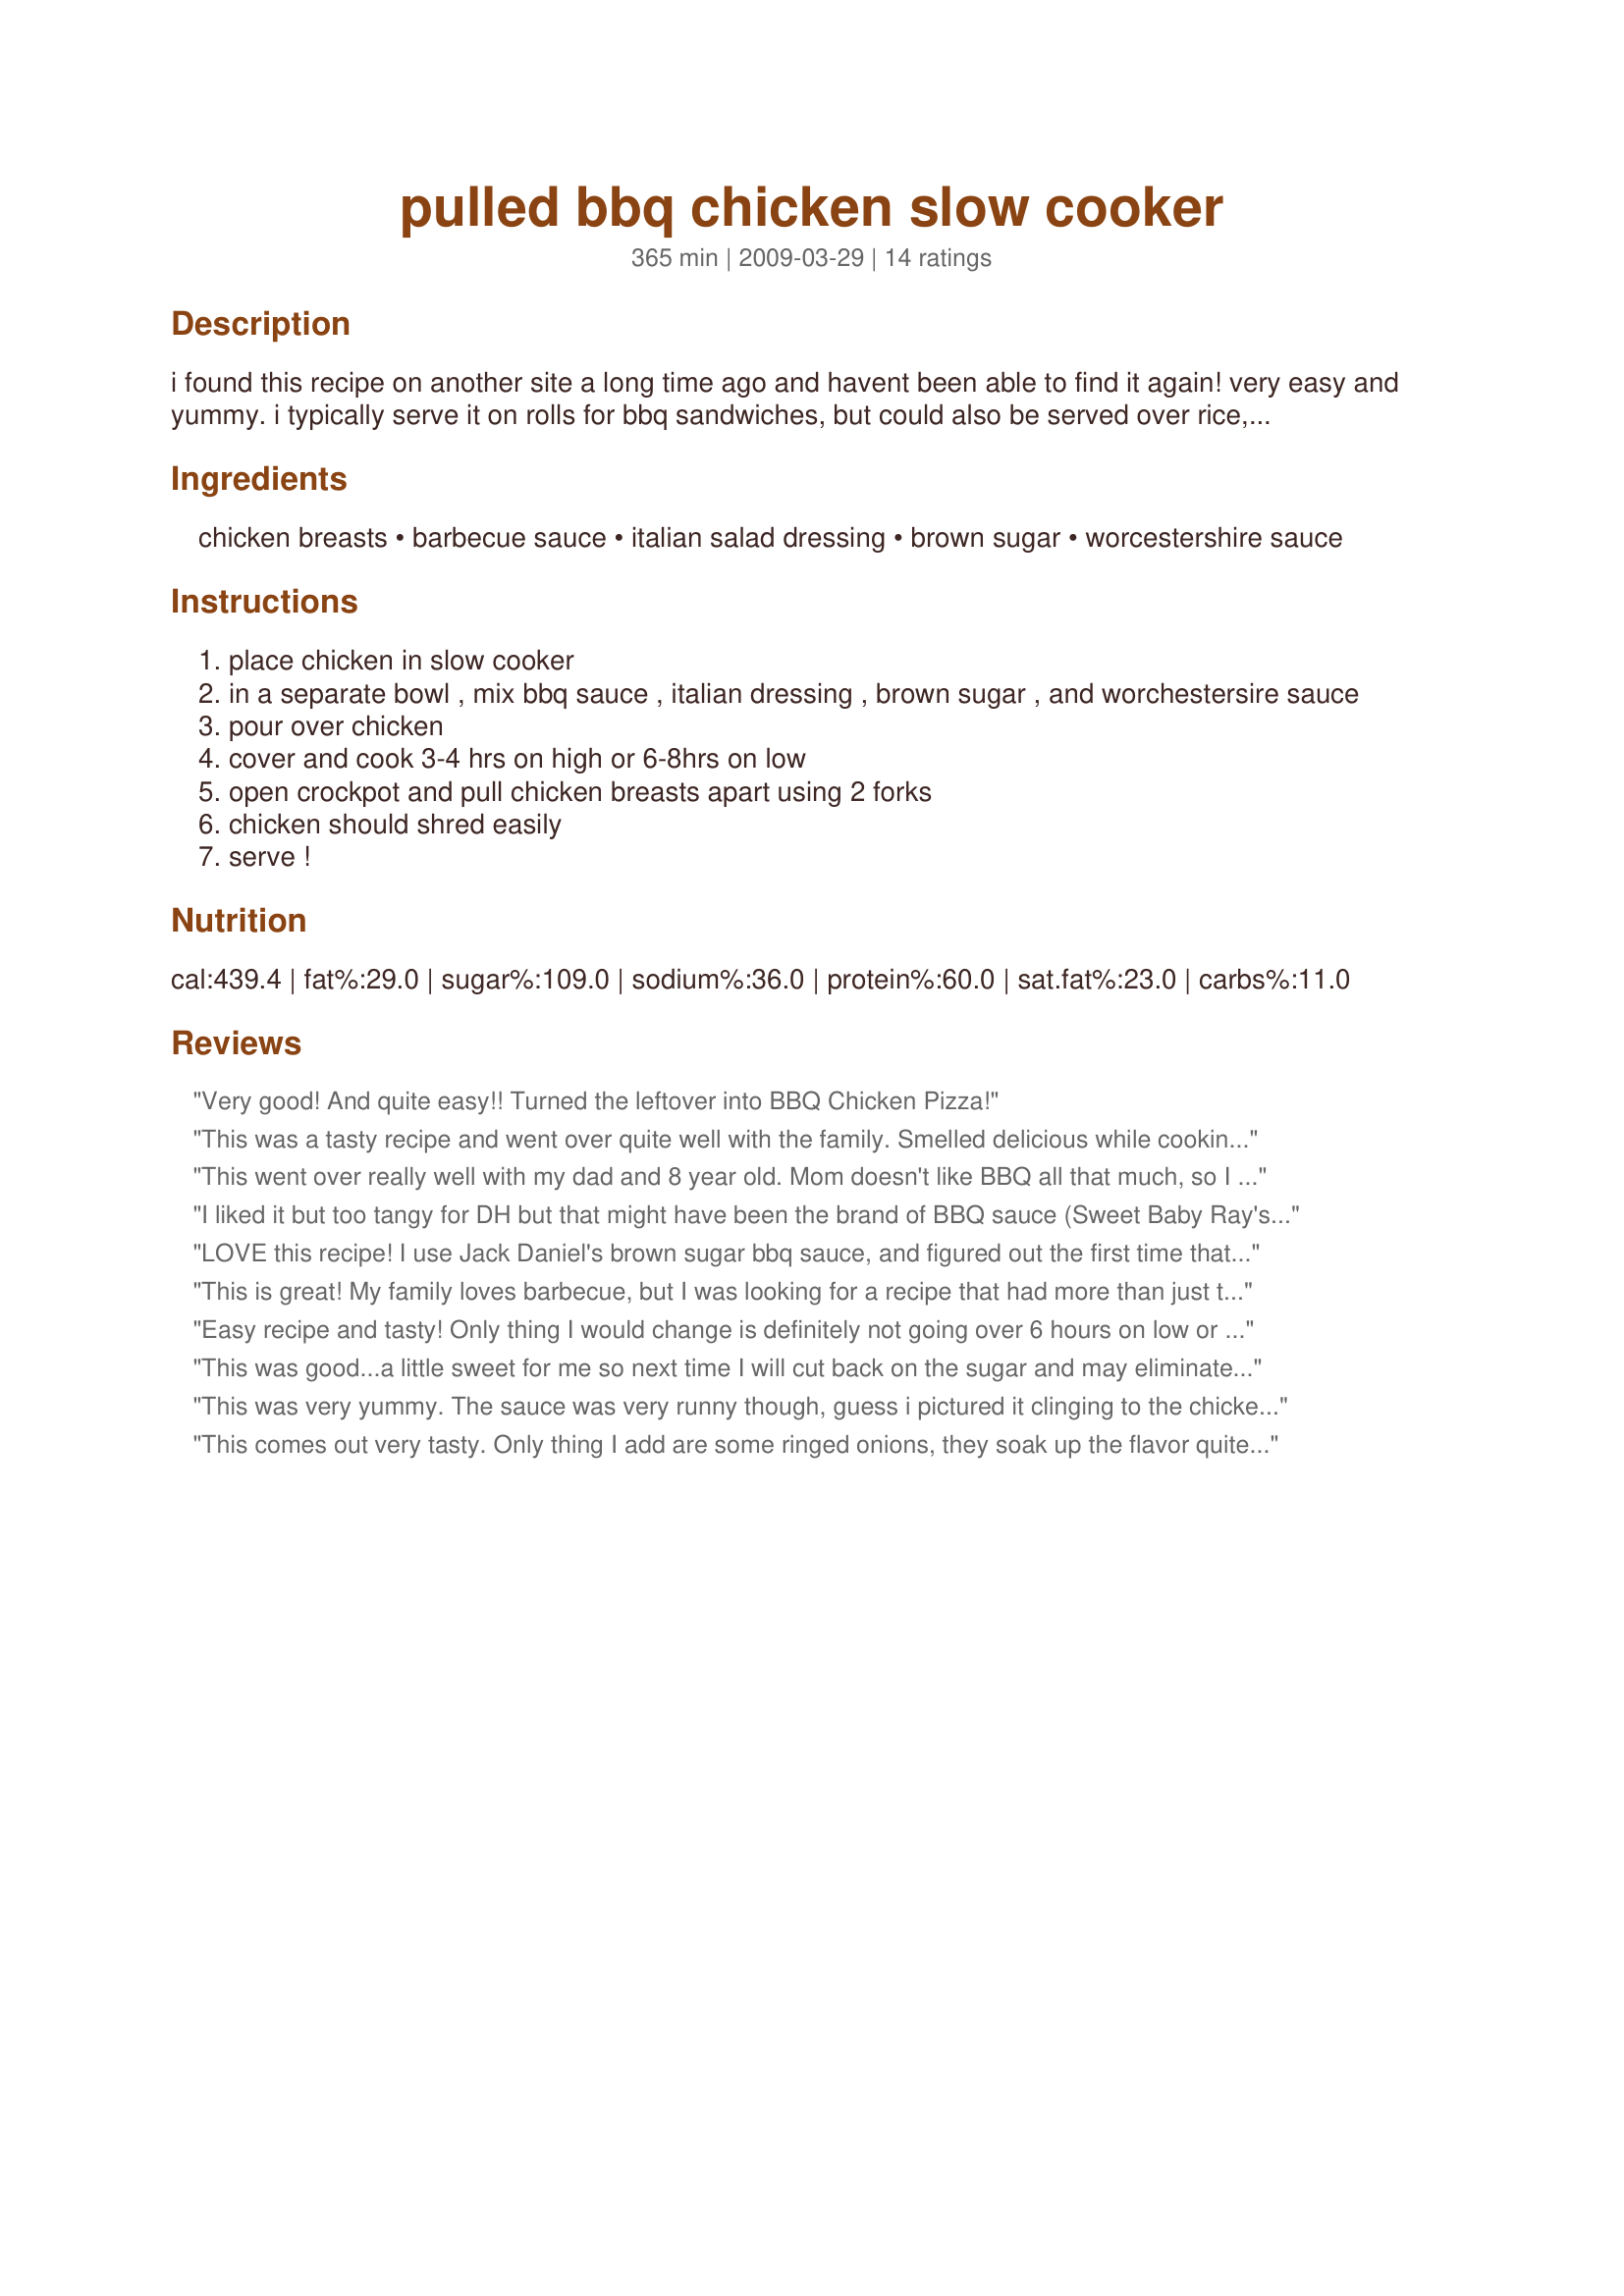
pulled bbq chicken slow cooker
Preparation time: 365 minutes

i found this recipe on another site a long time ago and havent been able to find it again! very easy and yummy. i typically serve it on rolls for bbq sandwiches, but could also be served over rice, mashed potatoes, etc.

Ingredients:
chicken breasts, barbecue sauce, italian salad dressing, brown sugar, worcestershire sauce

Steps:
place chicken in slow cooker
in a separate bowl , mix bbq sauce , italian dressing , brown sugar , and worchestersire sauce
pour over chicken
cover and cook 3-4 hrs on high or 6-8hrs on low
open crockpot and pull chicken breasts apart using 2 forks
chicken should shred easily
serve !

Reviews:
Very good! And quite easy!! Turned the leftover into BBQ Chicken Pizza!
This was a tasty recipe and went over quite well with the family. Smelled delicious while cooking and was certainly an easy to make! Will be a must have when we are short on time.
This went over really well with my dad and 8 year old. Mom doesn't like BBQ all that much, so I wasn't anticipating good reviews there! HA! Love the fact that it uses frozen chicken and I actually tossed in some legs and wings that I had frozen last month as well as the boneless skinless. Made for a nice dinner served on hamburger buns with homemade coleslaw and oven fried potato wedges. Will definitely make again! 

Oh, and I too will cut back the brown sugar a bit, but that's probably more to do with the BBQ sauce that I used.

Thanks so much! Keep 'em coming!
I liked it but too tangy for DH but that might have been the brand of BBQ sauce (Sweet Baby Ray's). Also I didn't have Italian so used Sweet Vidalia Onion. Had to chop the chicken, not shred because it was tough (old hens) so the texture was not quite right.
LOVE this recipe! I use Jack Daniel's brown sugar bbq sauce, and figured out the first time that it's a good idea to reduce the amount of brown sugar that I put in. In any case, it's a tasty, easy meal that doesn't take a lot of time to make.
This is great! My family loves barbecue, but I was looking for a recipe that had more than just the barbecue sauce flavor. This one is a hit!
Easy recipe and tasty! Only thing I would change is definitely not going over 6 hours on low or increase the amount of chicken in the pot. I did about 7 hrs on low and then the "warm" setting for another hour or two - not much sauce left and chicken not too tender. In any case, the flavor was good and we still ate it all up! So I would give it another try with some adjustments.
This was good...a little sweet for me so next time I will cut back on the sugar and may eliminate it all together. We ate it as BBQ sandwiches...very quick and easy! I also put my chicken in frozen. Will def. be making this again.
This was very yummy. The sauce was very runny though, guess i pictured it clinging to the chicken. However, i used fresh chicken breasts, since i had just been to the store to restock, so wonder if sauce would have been thicker had they been frozen. Either way, once I shredded the chicken with a fork, i just added more BBQ sauce onto the chicken before serving and we were good to go - very tender and juicy! Thanks!
This comes out very tasty. Only thing I add are some ringed onions, they soak up the flavor quite nicely.
Tangy, juicy and delicious! What a time saver, too. Thank you for posting!
Very good and my kids loved it!
This is such an easy & tasty dish! I had to make enough for 70 people so I loved how I could change the serving size number & it adjusted the amount of ingredients needed! I used two crockpots going at the same time, doing batches of about 6 chicken breasts each. Took all day & overnight to make enough but turned out great!! Looking forward to making this again, but in a smaller amount :)
Very good. I got lots and lots of compliments--all from the one person I served it to. I used 4 chicken thighs half frozen for two people, and cooked on low for 6 hours. Around 4 hours I pulled the meat off the bone, then an hour before serving I made sure to shred it up real good. I reduced the brown sugar since other reviewers said they didn't like it, but I hardly noticed the taste so I'll probably use the full amount next time. Since my husband gets off late, I added a bit more of the mixture and let the meat stay in there for two more hours (after the six).
